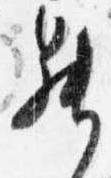
昇